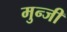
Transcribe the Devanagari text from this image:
मुन्जी